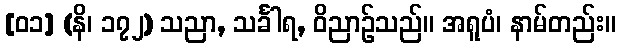
[၀၁] (နိ၊ ၁၇၂) သညာ, သင်္ခါရ, ဝိညာဉ်သည်။ အရူပံ၊ နာမ်တည်း။